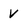
Character: V